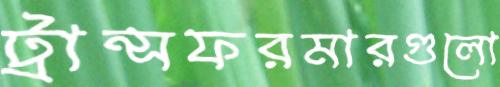
ট্রান্সফরমারগুলো